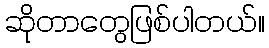
ဆိုတာတွေဖြစ်ပါတယ်။